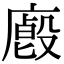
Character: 𢋁